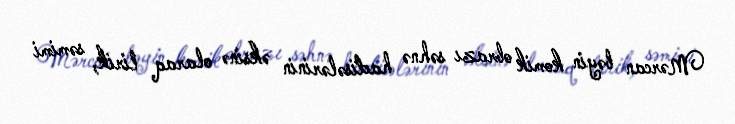
Mərcan bəyin komik obrazı səhnə hadisələrinin əksinə olaraq lirik, səmimi